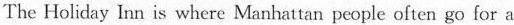
The Holiday Inn is where Manhattan people often go for a